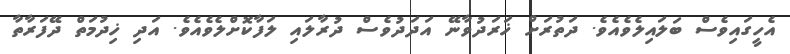
އެހީގައިވެސް ބަލައިލެވެއެވެ. ދަތުރަށް ޚަރަދުވާނޭ އަދަދުވެސް ދުރާލައި ލަފާކޮށްލެވެއެވެ. އަދި ޚިދުމަތް ދޭފަރާތާ